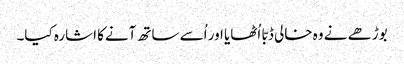
بوڑھے نے وہ خالی ڈبّا اُٹھایا اور اُسے ساتھ آنےکا اشارہ کیا۔